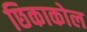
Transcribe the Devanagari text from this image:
छिकाकोल